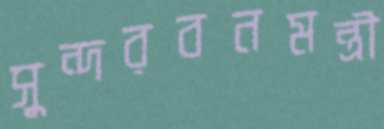
সুন্দরবনমন্ত্রী